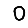
Digit: 0